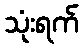
သုံးရက်